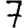
Digit: 7